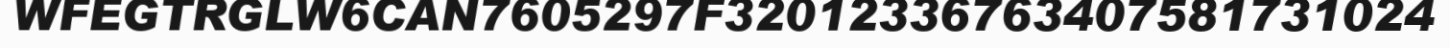
WFEGTRGLW6CAN7605297F32012336763407581731024